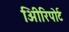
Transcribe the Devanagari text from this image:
अिीरिपोर्ट